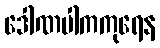
ဒေါဏပါကကုရေန